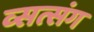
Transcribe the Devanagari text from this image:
व्सत्संग